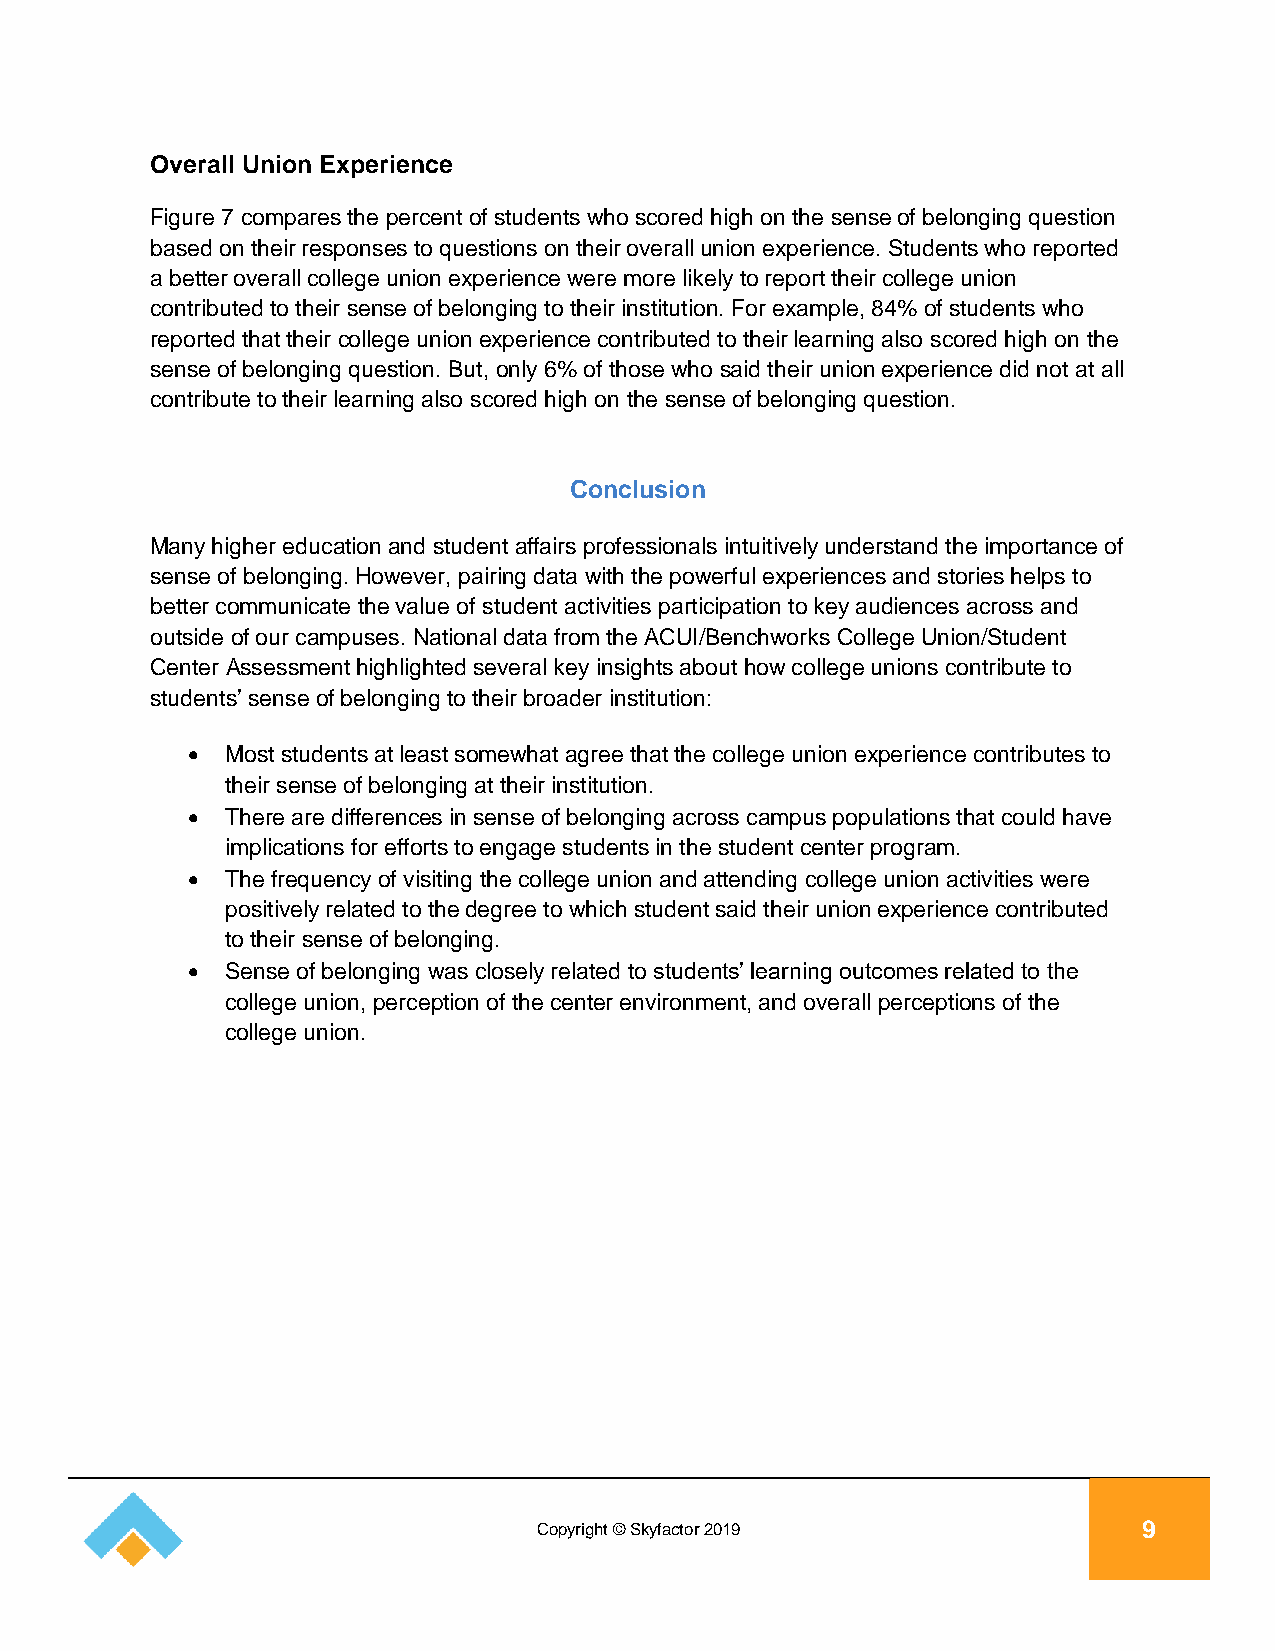
Overall Union Experience
 Figure 7 compares the percent of students who scored high on the sense of belonging question
 based on their responses to questions on their overall union experience. Students who reported
 a better overall college union experience were more likely to report their college union
 contributed to their sense of belonging to their institution. For example, 84% of students who
 reported that their college union experience contributed to their learning also scored high on the
 sense of belonging question. But, only 6% of those who said their union experience did not at all
 contribute to their learning also scored high on the sense of belonging question.
 Conclusion
 Many higher education and student affairs professionals intuitively understand the importance of
 sense of belonging. However, pairing data with the powerful experiences and stories helps to
 better communicate the value of student activities participation to key audiences across and
 outside of our campuses. National data from the ACUI/Benchworks College Union/Student
 Center Assessment highlighted several key insights about how college unions contribute to
 students’ sense of belonging to their broader institution:
   Most students at least somewhat agree that the college union experience contributes to
 their sense of belonging at their institution.
   There are differences in sense of belonging across campus populations that could have
 implications for efforts to engage students in the student center program.
   The frequency of visiting the college union and attending college union activities were
 positively related to the degree to which student said their union experience contributed
 to their sense of belonging.
   Sense of belonging was closely related to students’ learning outcomes related to the
 college union, perception of the center environment, and overall perceptions of the
 college union.
 Copyright © Skyfactor 2019              9